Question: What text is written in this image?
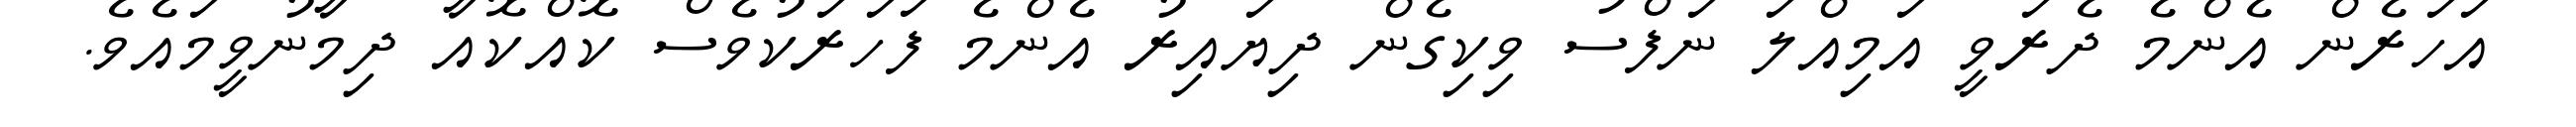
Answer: އަހަރެން އެންމެ ދެރަވީ އަމިއްލަ ނަފްސު ވިކިގެން ދިޔައިރު އެންމެ ފަހަރަކުވެސް ކޮއްކޮއާ ދިމާނުވީމައެވެ.